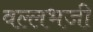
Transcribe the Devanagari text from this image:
वल्लभजी